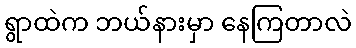
ရွာထဲက ဘယ်နားမှာ နေကြတာလဲ